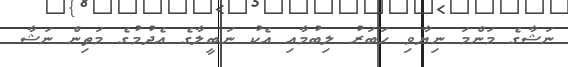
ނަޝާގެ މަންމަ ނިޔާވި ހަބަރު ލިބުމާއި އެކު ނަބީލާގެ އެދުމުގެ މަތިން ނަޝާ